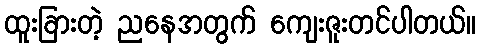
ထူးခြားတဲ့ ညနေအတွက် ကျေးဇူးတင်ပါတယ်။